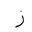
Letter: _zay